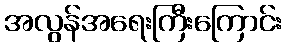
အလွန်အရေးကြီးကြောင်း